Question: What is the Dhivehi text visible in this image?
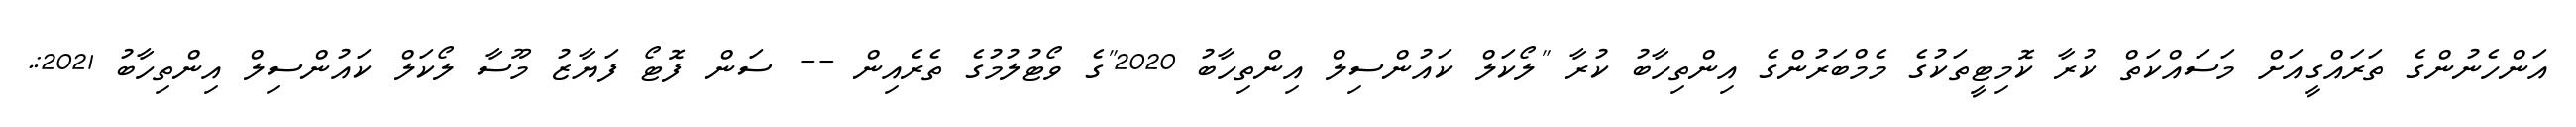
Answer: އަންހެނުންގެ ތަރައްގީއަށް މަސައްކަތް ކުރާ ކޮމިޓީތަކުގެ މެމްބަރުންގެ އިންތިހާބު ކުރާ "ލޯކަލް ކައުންސިލް އިންތިހާބު 2020"ގެ ވޯޓުލުމުގެ ތެރެއިން -- ސަން ފޮޓޯ ފަޔާޒު މޫސާ ލޯކަލް ކައުންސިލް އިންތިހާބު 2021:.